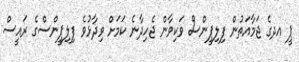
ޕީ އދގެ ޖަމާއަތުން ފިލިޕީންސް ވަކިވާން ޖެހިދާނެ ކަމަށް ވިދާޅުވެ ފިލިޕީންސްގެ ރައީސް